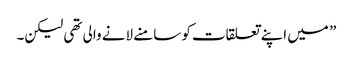
” میں اپنے تعلقات کو سامنے لانے والی تھی لیکن۔